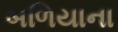
બળિયાના